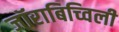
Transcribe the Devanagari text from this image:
जॉराबिच्विली